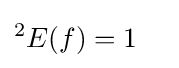
{}^{2}E(f)=1\quad